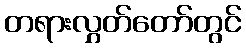
တရားလွှတ်တော်တွင်